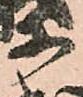
等